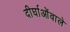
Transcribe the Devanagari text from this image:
दीर्घाओंवाले